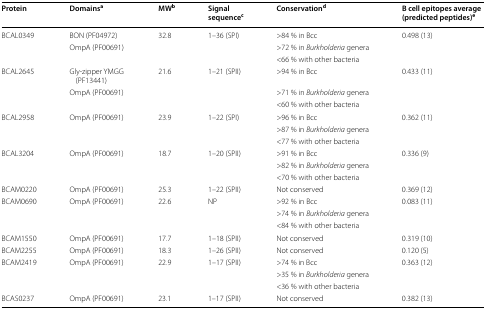
<table><thead><tr><td><b>Protein</b></td><td><b>Domains<sup>a</sup></b></td><td><b>MW<sup>b</sup></b></td><td><b>Signal sequence<sup>c</sup></b></td><td><b>Conservation<sup>d</sup></b></td><td><b>B cell epitopes average (predicted peptides)<sup>e</sup></b></td></tr></thead><tbody><tr><td rowspan="3">BCAL0349</td><td>BON (PF04972)</td><td rowspan="3">32.8</td><td rowspan="3">1–36 (SPI)</td><td>&gt;84 % in Bcc</td><td rowspan="3">0.498 (13)</td></tr><tr><td rowspan="2">OmpA (PF00691)</td><td>&gt;72 % in <i>Burkholderia</i> genera</td></tr><tr><td>&lt;66 % with other bacteria</td></tr><tr><td rowspan="3">BCAL2645</td><td>Gly-zipper YMGG (PF13441)</td><td rowspan="3">21.6</td><td rowspan="3">1–21 (SPII)</td><td>&gt;94 % in Bcc</td><td rowspan="3">0.433 (11)</td></tr><tr><td rowspan="2">OmpA (PF00691)</td><td>&gt;71 % in <i>Burkholderia</i> genera</td></tr><tr><td>&lt;60 % with other bacteria</td></tr><tr><td rowspan="3">BCAL2958</td><td rowspan="3">OmpA (PF00691)</td><td rowspan="3">23.9</td><td rowspan="3">1–22 (SPI)</td><td>&gt;96 % in Bcc</td><td rowspan="3">0.362 (11)</td></tr><tr><td>&gt;87 % in <i>Burkholderia</i> genera</td></tr><tr><td>&lt;77 % with other bacteria</td></tr><tr><td rowspan="3">BCAL3204</td><td rowspan="3">OmpA (PF00691)</td><td rowspan="3">18.7</td><td rowspan="3">1–20 (SPII)</td><td>&gt;91 % in Bcc</td><td rowspan="3">0.336 (9)</td></tr><tr><td>&gt;82 % in <i>Burkholderia</i> genera</td></tr><tr><td>&lt;70 % with other bacteria</td></tr><tr><td>BCAM0220</td><td>OmpA (PF00691)</td><td>25.3</td><td>1–22 (SPII)</td><td>Not conserved</td><td>0.369 (12)</td></tr><tr><td rowspan="3">BCAM0690</td><td rowspan="3">OmpA (PF00691)</td><td rowspan="3">22.6</td><td rowspan="3">NP</td><td>&gt;92 % in Bcc</td><td rowspan="3">0.083 (11)</td></tr><tr><td>&gt;74 % in <i>Burkholderia</i> genera</td></tr><tr><td>&lt;84 % with other bacteria</td></tr><tr><td>BCAM1550</td><td>OmpA (PF00691)</td><td>17.7</td><td>1–18 (SPII)</td><td>Not conserved</td><td>0.319 (10)</td></tr><tr><td>BCAM2255</td><td>OmpA (PF00691)</td><td>18.3</td><td>1–26 (SPII)</td><td>Not conserved</td><td>0.120 (5)</td></tr><tr><td rowspan="3">BCAM2419</td><td rowspan="3">OmpA (PF00691)</td><td rowspan="3">22.9</td><td rowspan="3">1–17 (SPII)</td><td>&gt;74 % in Bcc</td><td rowspan="3">0.363 (12)</td></tr><tr><td>&gt;35 % in <i>Burkholderia</i> genera</td></tr><tr><td>&lt;36 % with other bacteria</td></tr><tr><td>BCAS0237</td><td>OmpA (PF00691)</td><td>23.1</td><td>1–17 (SPII)</td><td>Not conserved</td><td>0.382 (13)</td></tr></tbody></table>